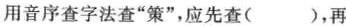
用音序查字法查”策”，应先查( )，再